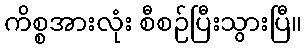
ကိစ္စအားလုံး စီစဉ်ပြီးသွားပြီ။